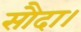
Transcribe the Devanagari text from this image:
सौदा।